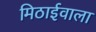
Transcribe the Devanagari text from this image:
मिठार्इवाला